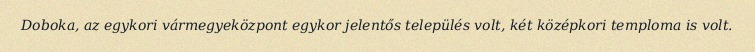
Doboka, az egykori vármegyeközpont egykor jelentős település volt, két középkori temploma is volt.